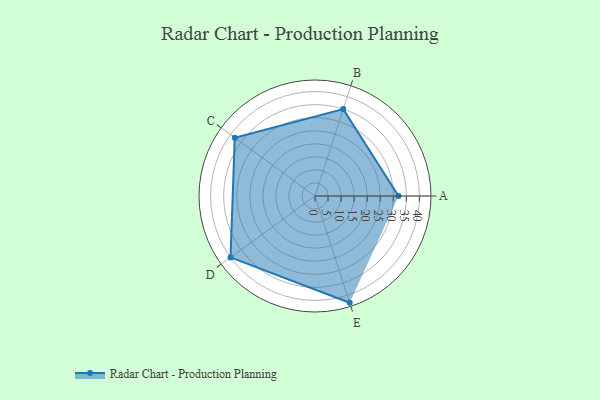
{"axis": {"x": "Skill", "y": "Score"}, "legend": ["Profile"], "data": [{"x": "A", "y": 32.0, "type": "Profile"}, {"x": "B", "y": 35.0, "type": "Profile"}, {"x": "C", "y": 38.0, "type": "Profile"}, {"x": "D", "y": 40.0, "type": "Profile"}, {"x": "E", "y": 43.0, "type": "Profile"}]}